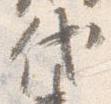
代